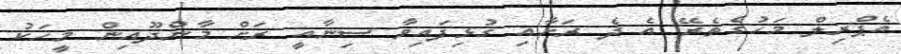
އެޕްރިލް މަހުގެތެރޭ އެ ދެ ރަށާއި ގުޅިފައިވާ ސިނާއީ ރަށް މާންދޫއިން މީހަކު